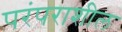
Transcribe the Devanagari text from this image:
परंपराशील